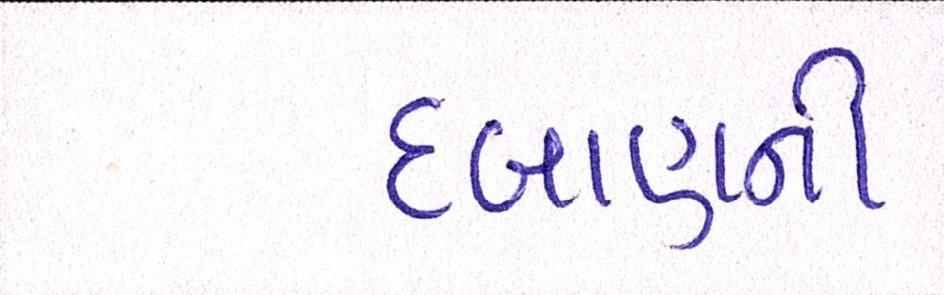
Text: દબાણની